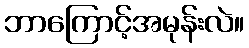
ဘာကြောင့်အမုန်းလဲ။